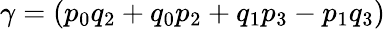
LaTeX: \gamma=(p_{0}q_{2}+q_{0}p_{2}+q_{1}p_{3}-p_{1}q_{3})